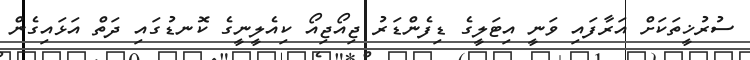
ސުރުޚީތަކަށް އަރާފައި ވަނީ އިޓަލީގެ ޑިފެންޑަރު ޖިއޯޖިއޯ ކިއެލީނީގެ ކޮނޑުގައި ދަތް އަޅައިގެން